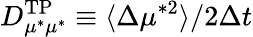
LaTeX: D_{\mu^{*}\mu^{*}}^{\mathrm{TP}}\equiv\langle\Delta\mu^{*2}\rangle/2\Delta t